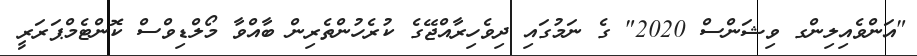
"އަންވެއިލިންގ ވިޝަންސް 2020" ގެ ނަމުގައި ދިވެހިރާއްޖޭގެ ކުރެހުންތެރިން ބާއްވާ މޯލްޑިވްސް ކޮންޓެމްޕަރަރީ